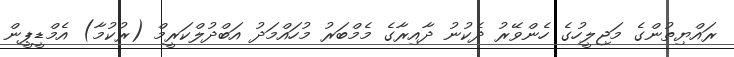
ރައްޔިތުންގެ މަޖިލީހުގެ ހެންވޭރު ދެކުނު ދާއިރާގެ މެމްބަރު މުހައްމަދު އަބްދުލްކަރީމް (ރުކުމާ) އެމްޑީޕީން